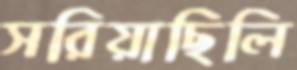
সরিয়াছিলি